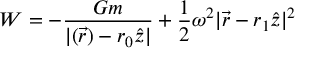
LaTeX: { \cal { W } } = - { \frac { G m } { | ( { \vec { r } } ) - r _ { 0 } { \hat { z } } | } } + { \frac { 1 } { 2 } } \omega ^ { 2 } | { \vec { r } } - r _ { 1 } { \hat { z } } | ^ { 2 }